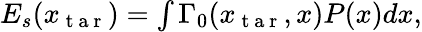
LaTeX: \begin{array}{r}{{E_{s}(x_{\mathrm{~t~a~r~}})=\int\Gamma_{0}(x_{\mathrm{~t~a~r~}},x)P(x)}dx,}\end{array}